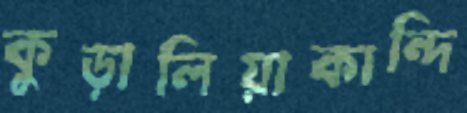
কুড়ালিয়াকান্দি